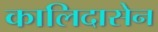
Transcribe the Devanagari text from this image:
कालिदासेन